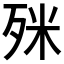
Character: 𣧲